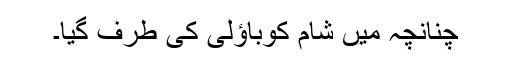
چنانچہ میں شام کوباؤلی کی طرف گیا۔